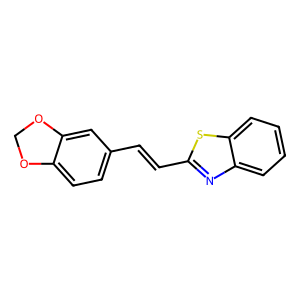
SMILES: C(=Cc1nc2ccccc2s1)c1ccc2c(c1)OCO2
Inhibits HIV replication: No